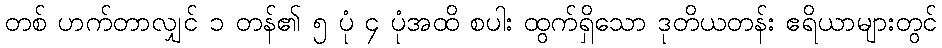
တစ် ဟက်တာလျှင် ၁ တန်၏ ၅ ပုံ ၄ ပုံအထိ စပါး ထွက်ရှိသော ဒုတိယတန်း ဧရိယာများတွင်